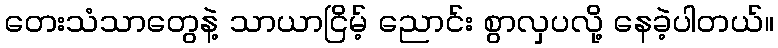
တေးသံသာတွေနဲ့ သာယာငြိမ့် ညောင်း စွာလှပလို့ နေခဲ့ပါတယ်။